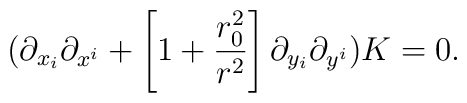
(\partial_{x_i} \partial_{x^i}+\left[ 1 + {{r_0^2} \over {r^2}}\right] \partial_{y_i} \partial_{y^i}) K =0.